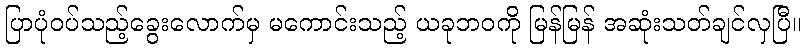
ပြာပုံဝပ်သည့်ခွေးလောက်မှ မကောင်းသည့် ယခုဘဝကို မြန်မြန် အဆုံးသတ်ချင်လှပြီ။